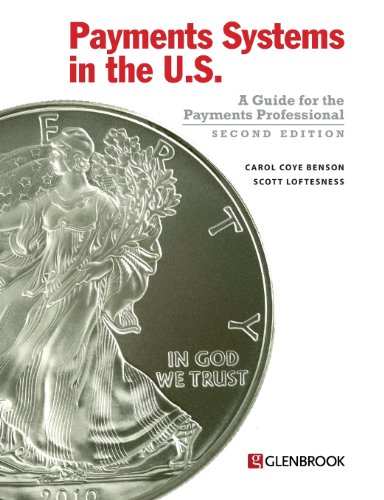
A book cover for Payments Systems in the U.S. - Second Edition; Carol Coye Benson; Business & Money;